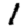
Digit: 1